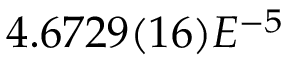
4 . 6 7 2 9 ( 1 6 ) E ^ { - 5 }